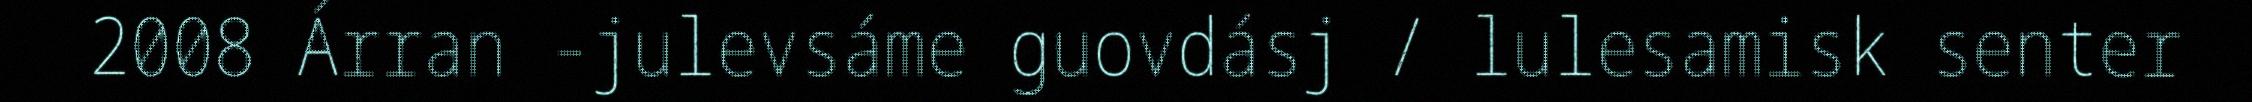
2008 Árran -julevsáme guovdásj / lulesamisk senter